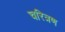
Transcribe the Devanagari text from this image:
चरित्रण